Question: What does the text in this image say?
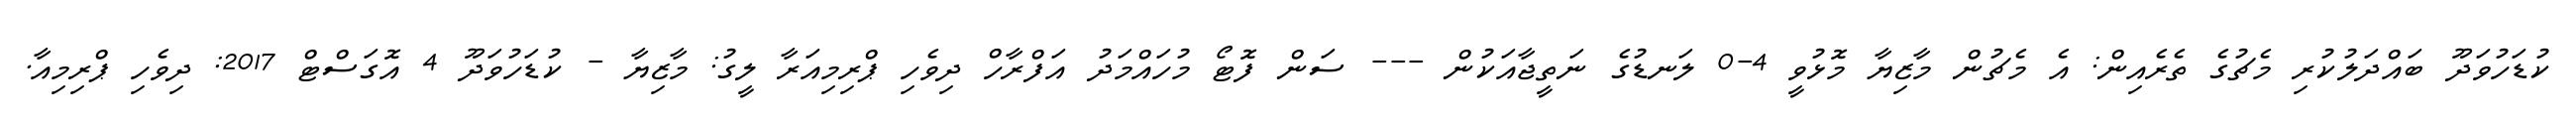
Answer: ކުޑަހުވަދޫ ބައްދަލުކުރި މެޗުގެ ތެރެއިން: އެ މެޗުން މާޒިޔާ މޮޅުވީ 4-0 ލަނޑުގެ ނަތީޖާއަކުން --- ސަން ފޮޓޯ މުހައްމަދު އަފްރާހް ދިވެހި ޕްރިމިއަރާ ލީގު: މާޒިޔާ - ކުޑަހުވަދޫ 4 އޮގަސްޓް 2017: ދިވެހި ޕްރިމިއާ.